Vital statistics of India. Vol. IV, Annual returns from 1871 to 1876. British Army of India, Native Army and jails of Bengal
Year: 1871
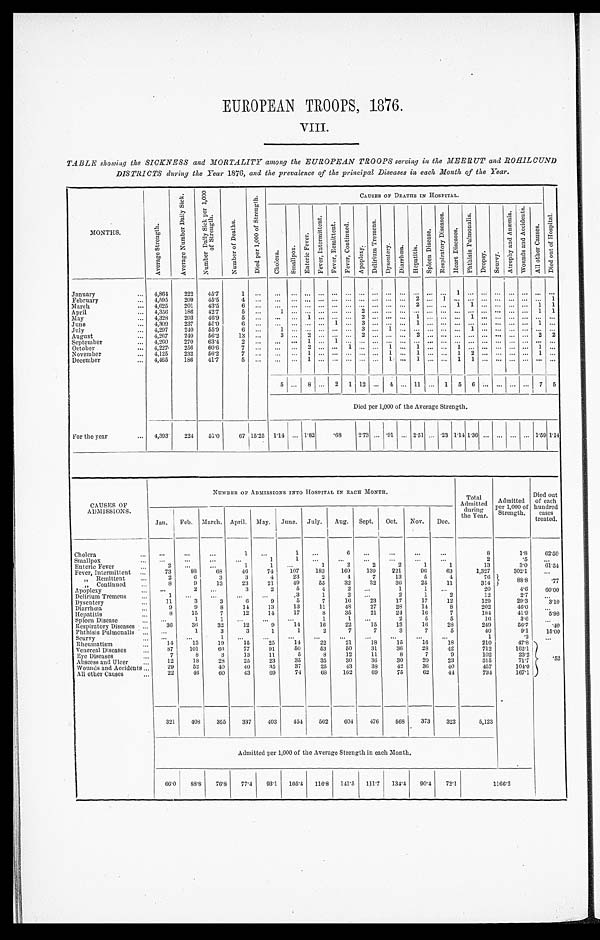
EUROPEAN TROOPS, 1876.
VIII.
TABLE showing the SICKNESS and MORTALITY among the EUROPEAN TROOPS serving in the MEERUT and ROHILCUND
DISTRICTS during the Year 1876, and the prevalence of the principal Diseases in each Month of the Year.
MONTHS.
A v e r a g e S t r e n g t h .
A v e r a g e N u m b e r D a i l y S i c k .
N u m b e r D a i l y S i c k p e r 1 , 0 0 0 o f S t r e n g t h .
N u m b e r o f D e a t h s .
D i e d p e r 1 , 0 0 0 o f S t e r n g t h .
CAUSES OF DEATHS IN HOSPITAL.
D i e d o u t o f H o s p i t a l .
C h o l e r a .
S m a l l p o x .
E n t e r i c F e v e r .
F e v e r , I n t e r m i t t e n t . F e v e r R e m i t t e n t . F e v e r , C o n t i n u e d .
Ap o p l e x y .
D e l i r i u m T r e m e n s .
D y s e n t e r y . Di a r r h œa . He p a t i t i s .
S p l e e n D i s e a s e .
R e s p i r a t o r y D i s e a s e s .
H e a r t D i s e a s e s .
P h t h i s i s p u l m o n a l i s .
D r o p s y .
S c u r v y .
A t r o p h y a n d A n æ m i a .
W o u n d s a n d A c c i d e n t s .
A l l o t h e r c a u s e s .
January
... 4,864
222
45.7
1
. . . ...
. . .
...
. . . . . . . . . ...
. . . . . .
... ...
. . .
...
1
...
. . . . . .
... ... ... ...
February
... 4,595
209
45.5
4
. . . ... ... ... ... ... ... ... ... ... ... 2 ... 1 ... ... ...
. . . ... ... ... 1
March
... 4,625
201
43.5
6
. . . ... ... ...
. . . . . .
. . . ... ... ... ... 2
. . .
... 1 1
. . . . . .
... ... 1 1
April
... 4,356
186
42.7
5
. . . 1
. . .
...
. . . . . . . . . 2
. . . . . .
... ...
. . .
... ... ...
. . . . . .
... .. 1 1
May
... 4,328
203
46.9
5
. . . ...
. . .
1
. . . . . . . . . 2
. . . . . .
... 1
. . .
... ... 1
. . . . . .
... ... ... ...
June
. . . 4,309
237
55.0
6
. . . ...
. . . ...
. . . 1 . . . 3
. . . . . .
... 1
. . .
... ... ...
. . . . . .
... ... 1 ...
July
... 4,297
240
55.9
6 ...
1
. . .
...
. . . . . . . . . 3
. . . 1 ... ...
. . .
... ... 1
. . . . . .
... ... ... ...
August
... 4,267
240
56.2
13 ...
3
. . .
2
. . . . . . . . . 2
. . . . . .
... 2
. . .
... ... ...
. . . . . .
... ... 2 2
September
... 4,260
270
63.4
2
. . . ...
. . . 1
. . . 1
. . . ... ... ... ... ... ... ... ... ... ... ... ... ... ... ...
October
... 4,227
256
60.6
7
. . . ...
. . .
2
. . . . . . 1 ...
. . . 1 ... 1
. . .
... 1 ...
. . . . . . ... ... 1 ...
November
. . . 4,125
232
56.2
7
. . . ...
. . . 1
. . . . . . . . . ...
. . . 1 ...
1
. . .
...
1 2
. . . . . . ... ... 1 ...
December
... 4,465
186
41.7
5 ...
...
. . .
1
. . . . . . . . . ...
. . . 1 ... 1
. . .
... 1 1
. . . . . .
... ... ... ...
5 ... 8 ... 2 1 1 12 ... 4 ... 11 ... 1 5 6 ... ... ... ... 7 5
Died per 1,000 of the Average Strength.
For the year
... 4,393
224 51.0
67 15.25 1.14 ... 1.82
.68
2.73 ... 1.91 ... 2.51 ... .23 1.14 1.36 ... ... ... ... 1.59 1.14
CAUSES OF
ADMISSIONS.
NUMBER OF ADMISSIONS INTO HOSPITAL IN EACH MONTH.
Total
Admitted
during
the Year.
Admitted
per 1,000 of Strength.
Died out
of each
hundred
cases
treated.
Jan. Feb. March. April. May. June. July.
Aug. Sept. Oct. Nov.
Dec.
Cholera
...
. . .
. . .
. . .
1
. . .
1
. . .
6
. . .
. . .
...
...
8
1.8
62.50
Smallpox
. . . . . .
...
. . .
. . .
1
1
. . .
...
...
...
...
. . .
2
.5
...
Enteric Fever
...
2 ...
...
1
1
...
1
2
2
2
1
1
13
3.0
61.54
Fever, Intermittent ...
73
88
68
46
74
107
183
169
139
221
96
63
1,327
302.1
...
, , R e m i t t e n t
...
2
6
3
3
4
23
2
4
7
13
5
4
76
88.8
.77
, , C o n t i n u e d
...
8
9
13
23
21
49
55
32
32
36
25
11
314
Apoplexy
...
...
2
. . .
3
2
5
4
2
. . .
1
1
. . .
20
4.6
60.00
Delirium Tremens
...
1
...
. . . ...
. . .
3
1
2
. . .
2
1
2
12
2.7
...
Dysentery
...
11
3
3
6
9
5
7
16
23
17
17
12
129
29.3
3.10
Diarrhœa
...
9
9
8
14
13
13
11
48
27
28
14
8
202
46.0
...
Hepatitis
...
8
15
7
12
14
17
8
35
21
24
16
7
184
41.9
5.98
Spleen Disease
...
...
1
1
...
...
...
1
1
...
2
5
5
16
3.6
...
Respiratory Diseases ...
36
36
32
12
9
14
16
22
15
13
16
28
249
56.7
.40
Phthisis Pulmonalis ...
. . .
1
3
3
1
1
9
7
7
3
7
5
40
9.1
15.00
Scurvy
...
. . .
...
1
...
...
...
...
...
...
...
...
...
1
. 2
. . .
Rheumatism
. . .
14
13
19
15
25
14
22
21
18
15
16
18
210
47.8
. 5 2
Venereal Diseases
. . .
87
101
66
77
91
50
53
50
31
36
28
42
712
162.1
Eye Diseases
...
7
8
3
13
11
5
8
12
11
8
7
9
102
23.2
Abscess and Ulcer
...
12
18
28
25
23
35
35
30
36
30
20
23
315
71.7
Wounds and Accidents...
29
52
40
40
35
37
25
43
38
42
36
40
457
104.0
All other Causes
. . .
22
46
60
43
69
74
68
102
69
75
62
44
734
167.1
321
408
355
337
403
454
502
604
476
568
373
322
5,123
Admitted per 1,000 of the Average Strength in each Month.
66.0
88.8
76.8
77.4
93.1 105.4
116.8 141.5 111.7 134.4
90.4
72.1
1166.2